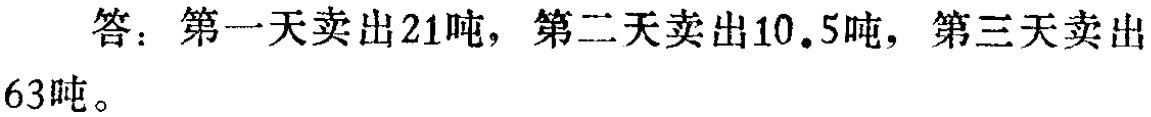
答：第一天卖出\(21\)吨，第二天卖出\(10.5\)吨，第三天卖出\(63\)吨。